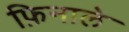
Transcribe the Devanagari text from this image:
फ़िनाले